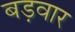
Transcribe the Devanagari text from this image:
बड़वार